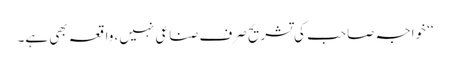
‘‘ خواجہ صاحب کی تشریح صرف صناعی نہیں، واقعہ بھی ہے۔